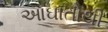
આઘાતોથી